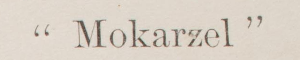
"Mokarzel"